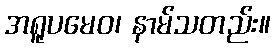
အရူပမေဝ၊ နာမ်သတည်း။